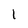
Character: 1